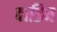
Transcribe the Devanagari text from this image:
दाडिम